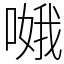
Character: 𠹷